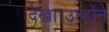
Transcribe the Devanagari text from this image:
देखा।उन्होंने